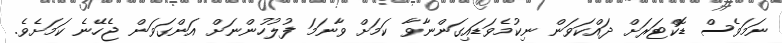
ނަމަވެސް ޑޮކްޓަރަށް ދައްކަވަން ނިކުމެވަޑައިގަންނާވާ ކަމަށް ވާނަމަ ފުލުހުންނަށް އަންގަވަން ޖެހޭނެ ކަމަށެވެ.